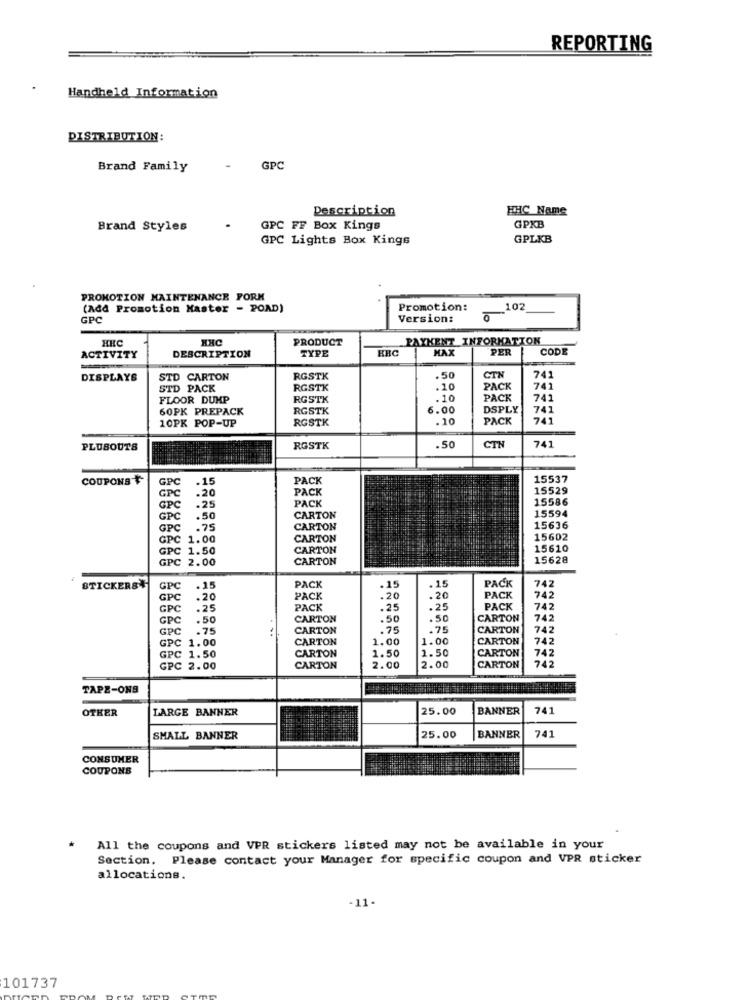
REPORTING
Handheld Information
DISTRIBUTION:
Brand Family
GPC
Description
HHC Name
Brand Styles
.
GPC FF Box Kings
GPKB
GPC Lights Box Kings
GPLKB
PROMOTION MAINTENANCE FORM
(Add Promotion Haster - POAD)
Promotion:
102
GPC
Version:
HIC
HHC
PRODUCT
PAYKENT INFORMATION
TYPE
MAX
PER
CODE
ACTIVITY
DESCRIPTION
741
DISPLAYS
STD CARTON
RGSTK
.50
CTN
STD PACK
RGSTK
.10
PACK
74
FLOOR DUMP
RGSTK
. 10
PACK
741
60PK PREPACK
RGSTK
6.00
DSPLY
741
10PK POP-UP
RGSTK
.10
PACK
741
PLUSOUTS
RGSTK
.50
CTN
COUPONS
GPC
.15
PACK
15537
GPC
.20
PACK
15529
.25
15586
GPC
PACK
15594
GPC
.50
CARTON
GPC
.75
CARTON
15636
GPC 1.00
CARTON
15602
GPC 1.50
CARTON
15610
GPC 2.00
CARTON
15628
STICKERS
GPC
PACK
.15
. 15
PACK
742
GPC
.20
PACK
.20
.20
PACK
742
GPC
.25
PACK
.25
.25
PACK
742
GPC
.50
CARTON
.50
.50
CARTON
742
GPC
.75
CARTON
.75
.75
CARTON
742
CARTON
1.00
1.00
CARTON
742
GPC 1.00
CARTON
1.50
1.50
CARTON
742
GPC 1.50
742
GPC 2.00
CARTON
2.00
2.00
CARTON
TAPE-ONS
OTHER
LARGE BANNER
25.00
BANNER
741
SMALL BANNER
25.00
BANNER
741
CONSUMER
COUPONS
All the coupons and VPR stickers listed may not be available in your
Section. Please contact your Manager for specific coupon and VPR sticker
allocations.
-11.
101737